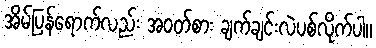
အိမ်ပြန်ရောက်လည်း အဝတ်စား ချက်ချင်းလဲပစ်လိုက်ပါ။